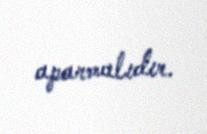
aparmalıdır.